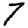
Digit: 7